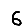
Digit: 6